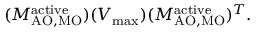
( M _ { \mathrm { { A O , M O } } } ^ { \mathrm { { a c t i v e } } } ) ( V _ { \mathrm { { m a x } } } ) ( M _ { \mathrm { { A O , M O } } } ^ { \mathrm { { a c t i v e } } } ) ^ { T } .